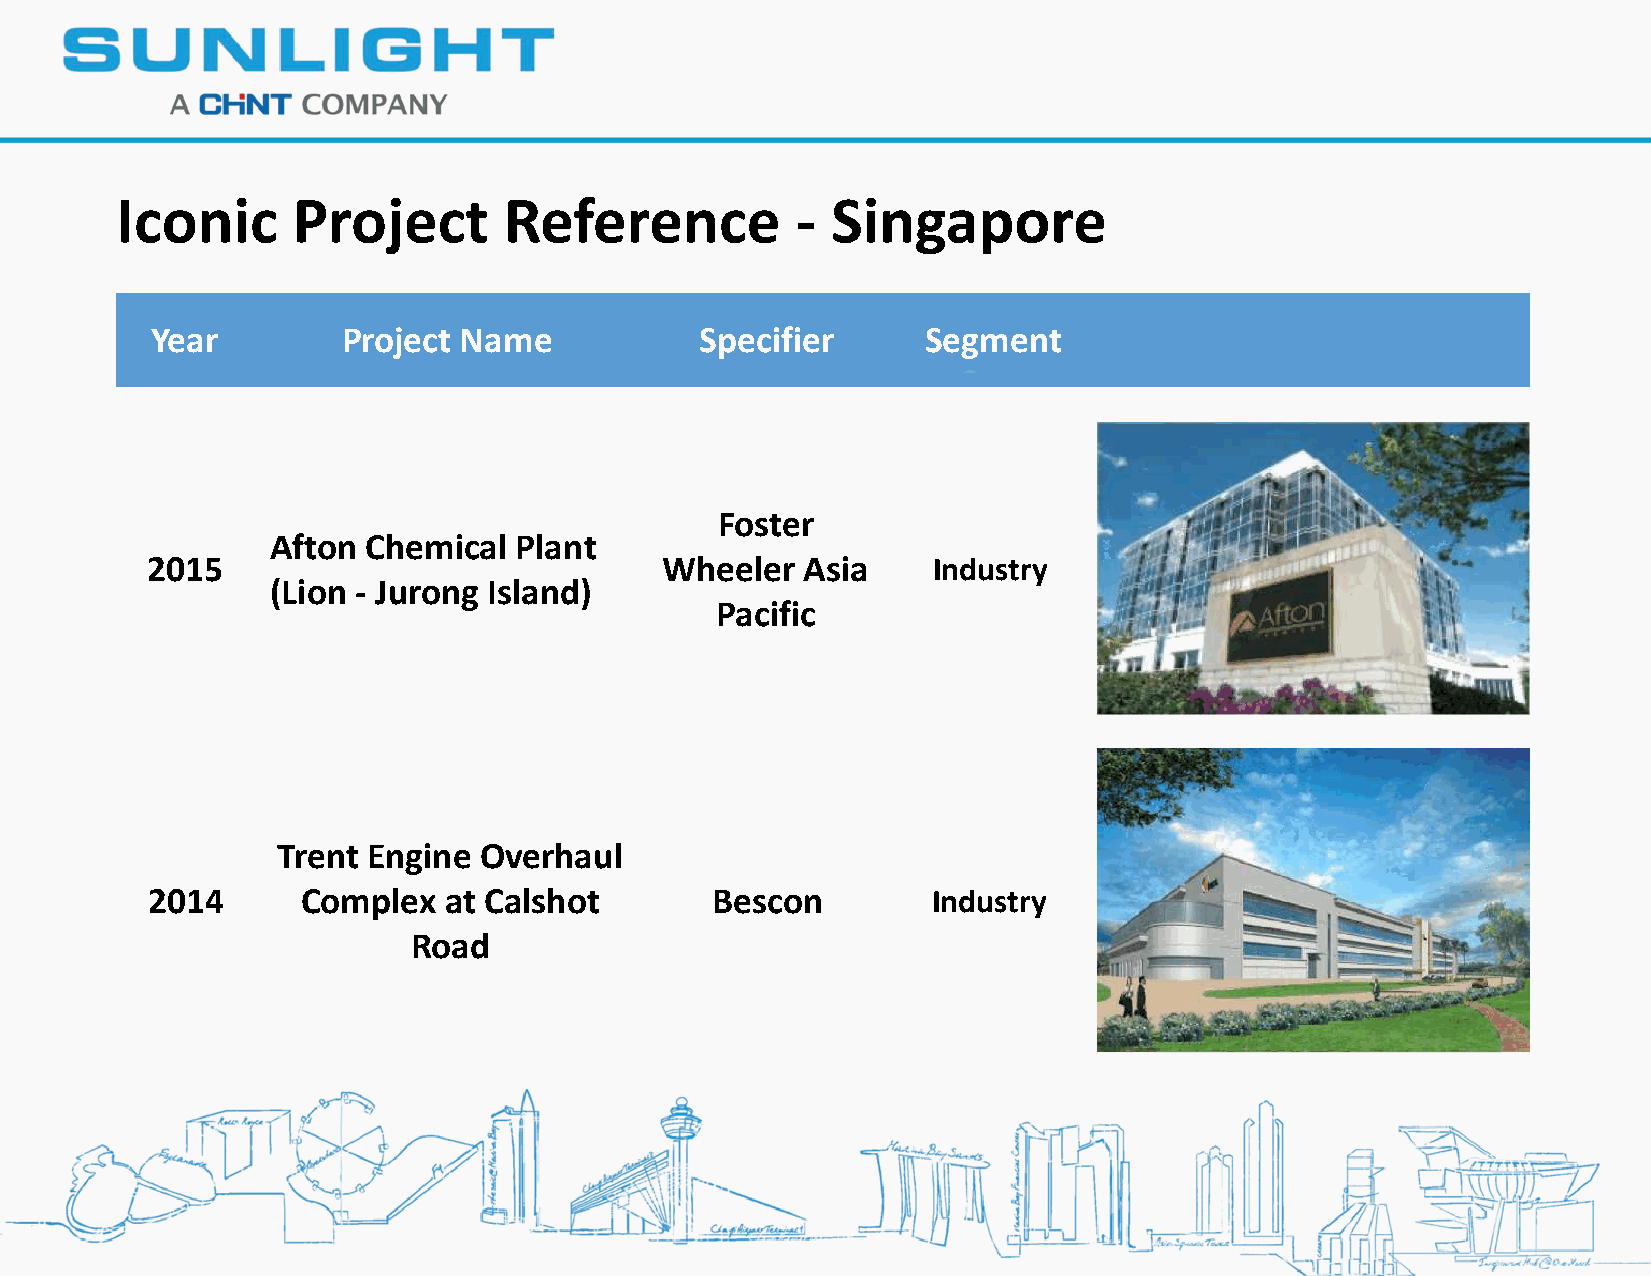
Iconic     Project       Reference           - Singapore
 Year         Project Name           Specifier      Segment
 Foster
 Afton Chemical  Plant
 2015                              Wheeler  Asia     Industry
 (Lion - Jurong Island)
 Pacific
 Trent Engine  Overhaul
 2014      Complex  at Calshot        Bescon         Industry
 Road